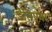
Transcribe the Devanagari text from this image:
डेसिएयर